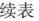
续表